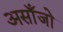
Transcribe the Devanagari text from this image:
असाँजो